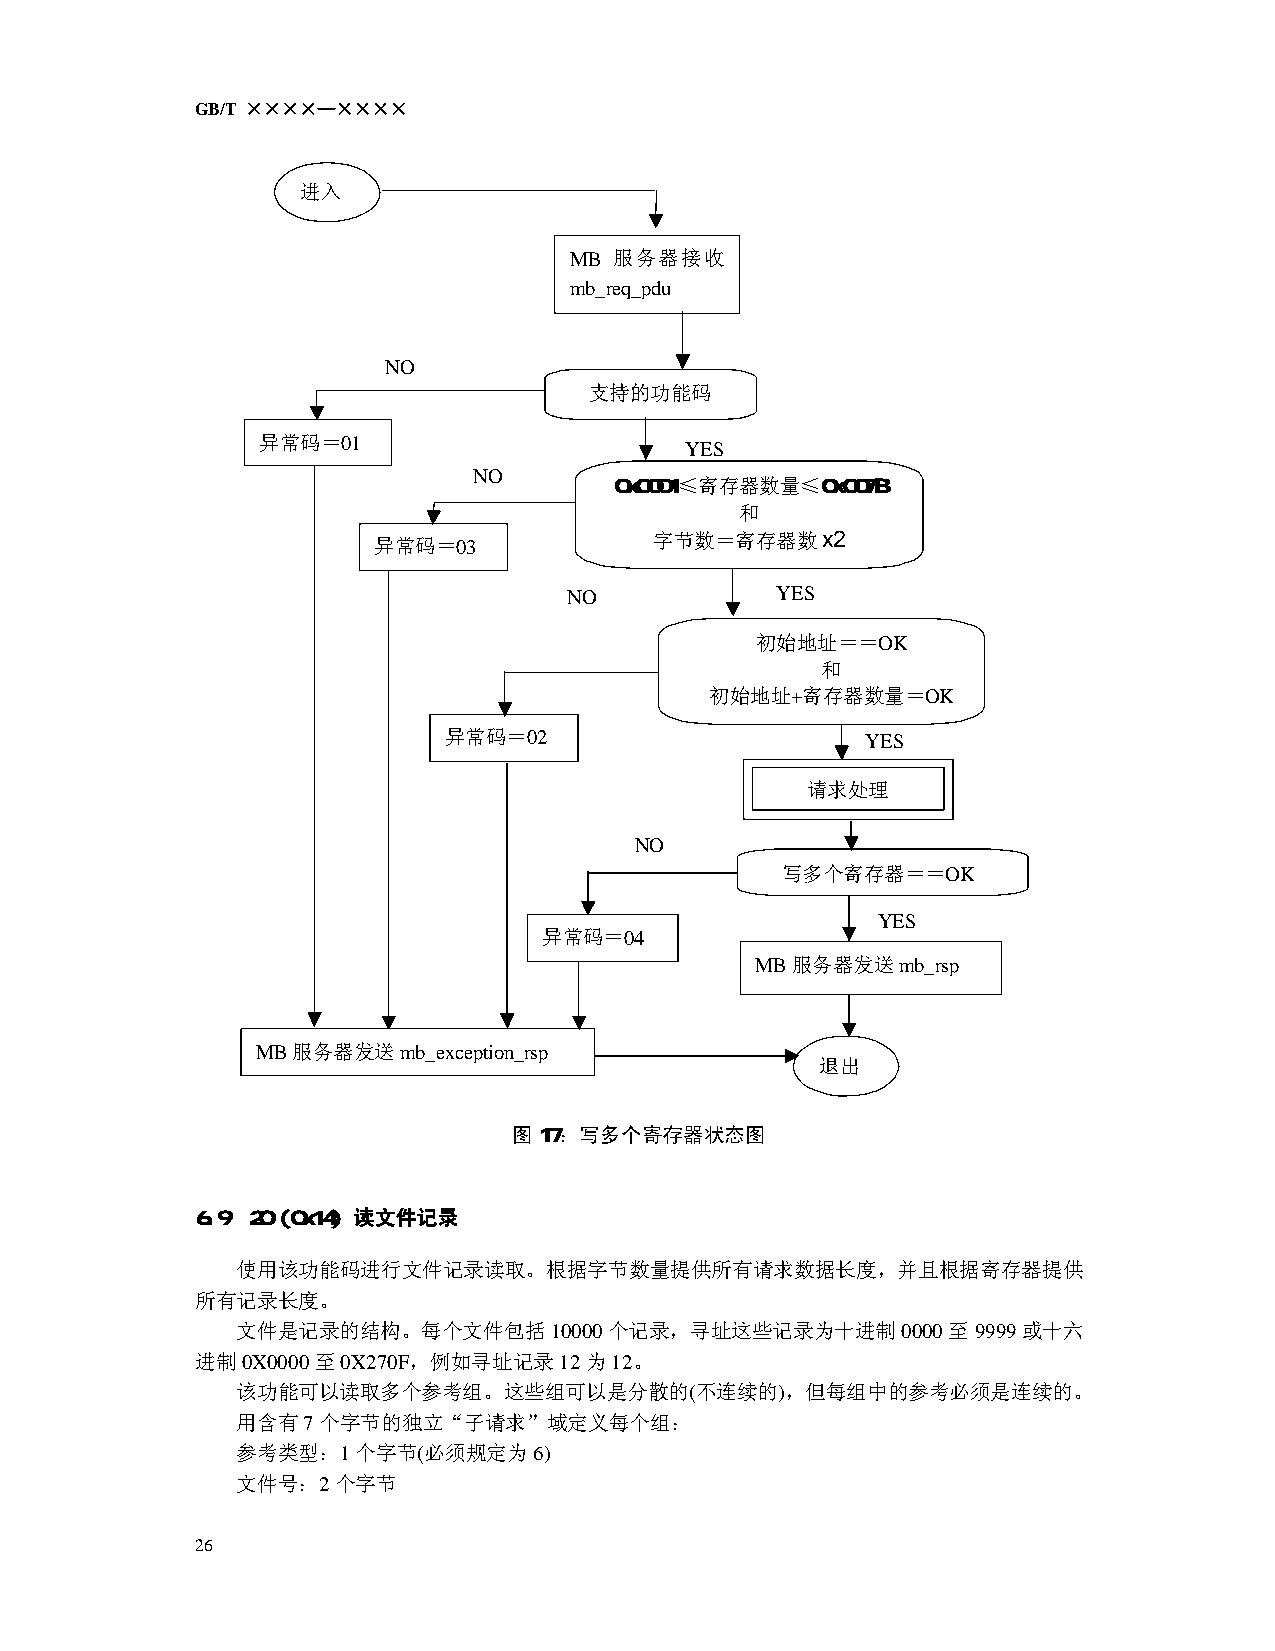
GB/T ××××—××××
 进入
 MB 服务器接收
 mb_req_pdu
 NO
 支持的功能码
 异常码＝01
 YES
 NO
 0x0001≤寄存器数量≤0x007B
 和
 异常码＝03
 字节数＝寄存器数x2
 NO           YES
 初始地址＝＝OK
 和
 初始地址+寄存器数量＝OK
 异常码＝02                      YES
 请求处理
 NO
 写多个寄存器＝＝OK
 YES
 异常码＝04
 MB服务器发送mb_rsp
 MB服务器发送mb_exception_rsp
 退出
 图17：写多个寄存器状态图
 6.9 20 (0x14) 读文件记录
 使用该功能码进行文件记录读取。根据字节数量提供所有请求数据长度，并且根据寄存器提供
 所有记录长度。
 文件是记录的结构。每个文件包括10000个记录，寻址这些记录为十进制0000至9999或十六
 进制0X0000至0X270F，例如寻址记录12为12。
 该功能可以读取多个参考组。这些组可以是分散的(不连续的)，但每组中的参考必须是连续的。
 用含有7个字节的独立“子请求”域定义每个组：
 参考类型：1个字节(必须规定为6)
 文件号：2个字节
 26